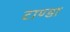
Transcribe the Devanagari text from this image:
टाण्‍डा